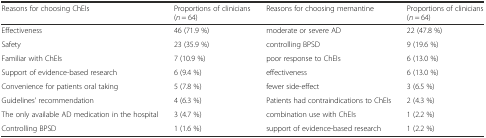
| Reasons for choosing ChEIs | Proportions of clinicians (n = 64) | Reasons for choosing memantine | Proportions of clinicians (n = 64) |
 | --- | --- | --- | --- |
 | Effectiveness | 46 (71.9 %) | moderate or severe AD | 22 (47.8 %) |
 | Safety | 23 (35.9 %) | controlling BPSD | 9 (19.6 %) |
 | Familiar with ChEIs | 7 (10.9 %) | poor response to ChEIs | 6 (13.0 %) |
 | Support of evidence-based research | 6 (9.4 %) | effectiveness | 6 (13.0 %) |
 | Convenience for patients oral taking | 5 (7.8 %) | fewer side-effect | 3 (6.5 %) |
 | Guidelines’ recommendation | 4 (6.3 %) | Patients had contraindications to ChEIs | 2 (4.3 %) |
 | The only available AD medication in the hospital | 3 (4.7 %) | combination use with ChEIs | 1 (2.2 %) |
 | Controlling BPSD | 1 (1.6 %) | support of evidence-based research | 1 (2.2 %) |